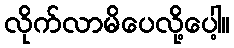
လိုက်လာမိပေလို့ပေါ့။